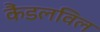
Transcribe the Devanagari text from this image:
कैंडलविल